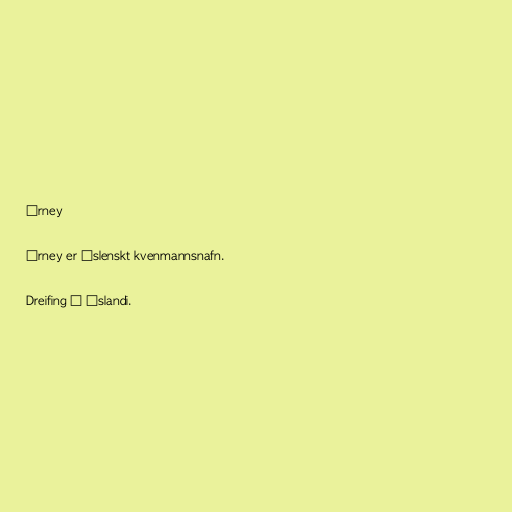
Árney

Árney er íslenskt kvenmannsnafn.

Dreifing á Íslandi.